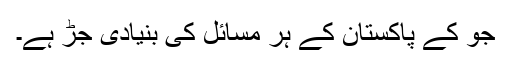
جو کے پاکستان کے ہر مسائل کی بنیادی جڑ ہے۔